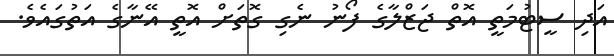
އަދި ސީޓުމަތީ އޮތް ޖަޒްލާގެ ފޯނު ނެގި ގޮތަށް އޮތީ އޭނާގެ އަތުގައެވެ.